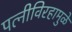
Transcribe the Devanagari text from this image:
पत्‍नीविरहामुळे